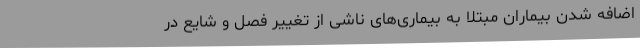
اضافه شدن بیماران مبتلا به بیماری‌های ناشی از تغییر فصل و شایع در